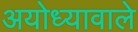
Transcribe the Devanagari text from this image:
अयोध्यावाले